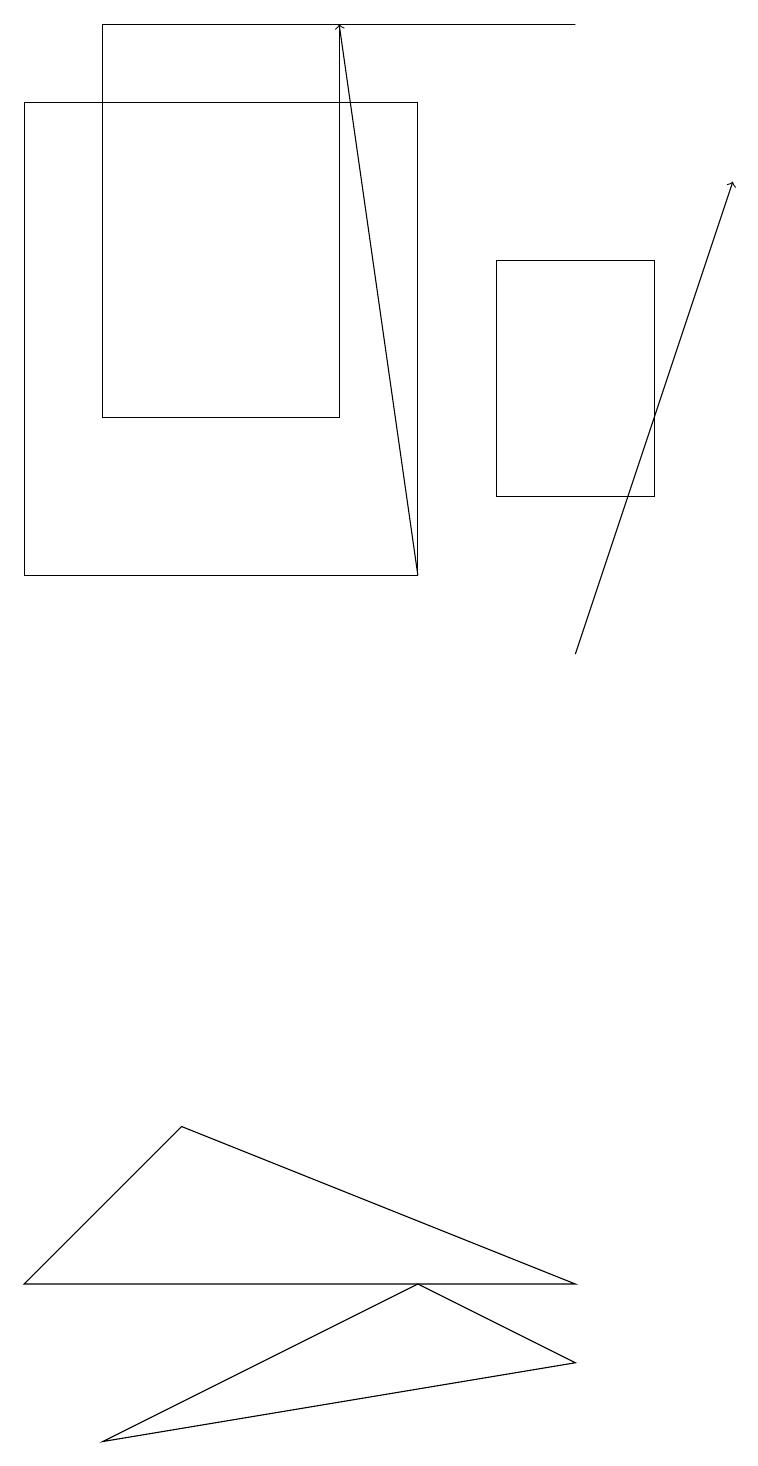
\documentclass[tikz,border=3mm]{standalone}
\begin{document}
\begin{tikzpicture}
\draw (1,14) rectangle (4,19);
\draw (2,5) -- (0,3) -- (7,3) -- cycle;
\draw (6,16) rectangle (8,13);
\draw (1,1) -- (7,2) -- (5,3) -- cycle;
\draw[->] (7,11) -- (9,17);
\draw (7,19) rectangle (3,19);
\draw (5,12) rectangle (0,18);
\draw[->] (5,12) -- (4,19);
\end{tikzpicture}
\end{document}